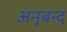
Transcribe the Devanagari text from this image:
अनुबन्द